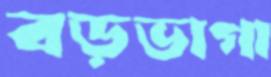
বড়ভাগা